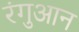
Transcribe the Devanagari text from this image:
रंगुआन